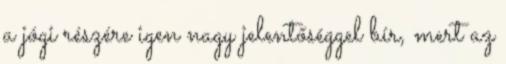
a jógi részére igen nagy jelentőséggel bír, mert az